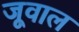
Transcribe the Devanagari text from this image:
जूवाल